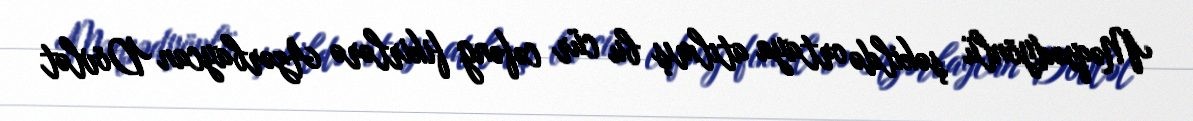
Məqsədyönlü şəkildə ortaya atılmış bu cür cəfəng fikirlərə Azərbaycan Dövlət